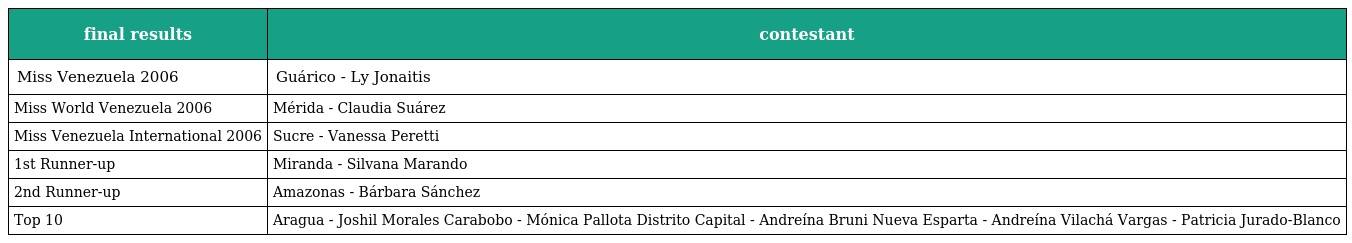
| final results | contestant |
 | --- | --- |
 | Miss Venezuela 2006 | Guárico - Ly Jonaitis |
 | Miss World Venezuela 2006 | Mérida - Claudia Suárez |
 | Miss Venezuela International 2006 | Sucre - Vanessa Peretti |
 | 1st Runner-up | Miranda - Silvana Marando |
 | 2nd Runner-up | Amazonas - Bárbara Sánchez |
 | Top 10 | Aragua - Joshil Morales Carabobo - Mónica Pallota Distrito Capital - Andreína Bruni Nueva Esparta - Andreína Vilachá Vargas - Patricia Jurado-Blanco |